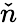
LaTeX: \check{n}